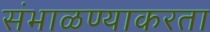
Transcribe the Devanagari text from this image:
संभाळण्याकरता